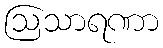
ဩသာရဏာ